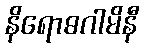
နိရောဓဂါမိနီ